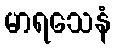
မာရသေနံ